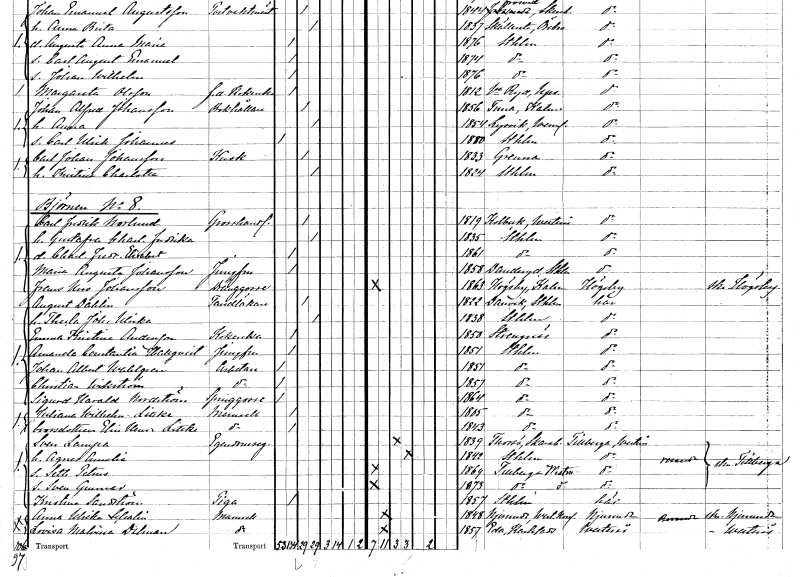
gt_parse: households: individuals: FN: Carl Fredrik
EN: Norlund
YRKE: Grosshandlare
KON: M
CIV: G
FODAR: 1819
FODFORS: Kolbäck Västmanlands län
FN: Gustafva Charlotta Fredrika
KON: K
CIV: G
FODAR: 1835
FODFORS: Stockholm
FN: Charlotta Fredrika Elisabet
KON: K
CIV: O
FODAR: 1861
FODFORS: Stockholm
FN: Maria Augusta
EN: Johansson
YRKE: Jungfru
KON: K
CIV: O
FODAR: 1858
FODFORS: Danderyd Stockholms län
FN: Frans Uno
EN: Johansson
YRKE: Dränggosse
KON: M
CIV: O
FODAR: 1863
FODFORS: Högsby Kalmar län
FN: August
EN: Dahlin
YRKE: Tandläkare
KON: M
CIV: G
FODAR: 1822
FODFORS: Sicklaö Stockholms län
FN: Thecla Johanna Ulrika
KON: K
CIV: G
FODAR: 1838
FODFORS: Stockholm
FN: Emma Kristina
EN: Andersson
YRKE: Kokerska
KON: K
CIV: O
FODAR: 1850
FODFORS: Strängnäs Södermanlands län
FN: Amanda Constantia
EN: Hallqvist
YRKE: Jungfru
KON: K
CIV: O
FODAR: 1851
FODFORS: Stockholm
FN: Johan Albert
EN: Wahlgren
YRKE: Arbetare
KON: M
CIV: O
FODAR: 1851
FODFORS: Stockholm
FN: Christian
EN: Wikström
YRKE: Arbetare
KON: M
CIV: O
FODAR: 1857
FODFORS: Stockholm
FN: Sigurd Harald
EN: Nordström
YRKE: Springgosse
KON: M
CIV: O
FODAR: 1864
FODFORS: Stockholm
FN: Juliana Wilhelmina
EN: Littke
KON: K
CIV: O
FODAR: 1805
FODFORS: Stockholm
FN: Elin Henrika
EN: Littke
KON: K
CIV: O
FODAR: 1843
FODFORS: Stockholm
FN: Sven
EN: Lampa
YRKE: Egendomsägare
KON: M
CIV: G
FODAR: 1839
FODFORS: Torsö Skaraborgs län
FN: Agnes Amalia
KON: K
CIV: G
FODAR: 1842
FODFORS: Stockholm
FN: Seth Petrus
KON: M
CIV: O
FODAR: 1864
FODFORS: Tillberga Västmanlands län
FN: Sven Gunnar
KON: M
CIV: O
FODAR: 1873
FODFORS: Tillberga Västmanlands län
FN: Kristina
EN: Sandström
YRKE: Piga
KON: K
CIV: O
FODAR: 1857
FODFORS: Stockholm
FN: Anna Ulrika
EN: Schalin
KON: K
CIV: O
FODAR: 1848
FODFORS: Njurunda Västernorrlands län
FN: Lovisa Malvina
EN: Dalman
KON: K
CIV: O
FODAR: 1857
FODFORS: Eda Värmlands län